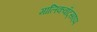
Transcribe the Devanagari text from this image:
मालिकवॉट्सएप्प